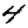
Digit: 4